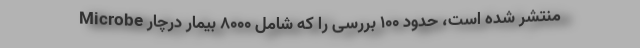
Microbe منتشر شده است، حدود ۱۰۰ بررسی را که شامل ۸۰۰۰ بیمار درچار